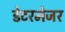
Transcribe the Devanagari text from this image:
डेटरमेजर